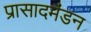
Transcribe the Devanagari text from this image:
प्रासादमंडन